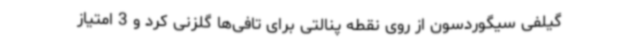
گیلفی سیگوردسون از روی نقطه پنالتی برای تافی‌ها گلزنی کرد و 3 امتیاز